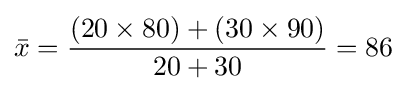
{\bar {x}}={\frac {(20\times 80)+(30\times 90)}{20+30}}=86